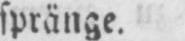
spränge.